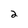
Character: 2